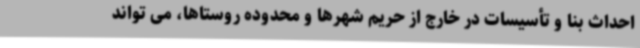
احداث بنا و تأسیسات در خارج از حریم شهرها و محدوده روستاها، می تواند